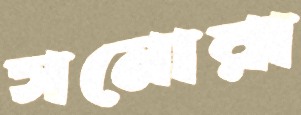
সনোরা